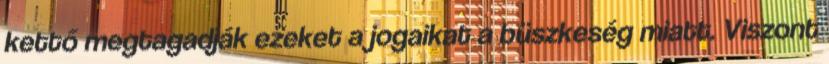
kettő megtagadják ezeket a jogaikat a büszkeség miatt. Viszont